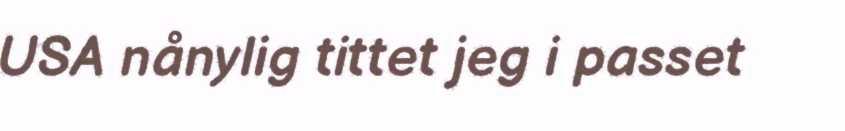
USA nånylig tittet jeg i passet